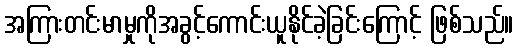
အကြားတင်းမာမှုကိုအခွင့်ကောင်းယူနိုင်ခဲ့ခြင်းကြောင့် ဖြစ်သည်။